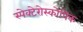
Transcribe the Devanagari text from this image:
स्पेक्टेरोस्कोपिक